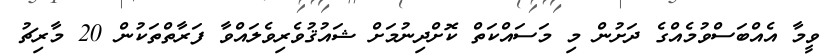
ވީމާ އެއްބަސްވުމެއްގެ ދަށުން މި މަސައްކަތް ކޮށްދިނުމަށް ޝައުޤުވެރިވެލައްވާ ފަރާތްތަކުން 20 މާރިޗު